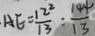
A E = \frac { 1 2 ^ { 2 } } { 1 3 } : \frac { 1 4 4 } { 1 3 }